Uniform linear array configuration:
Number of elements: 64
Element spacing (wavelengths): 0.5
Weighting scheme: hamming
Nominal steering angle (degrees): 45
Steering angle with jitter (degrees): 45.568
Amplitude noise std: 0.05
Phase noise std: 0.05

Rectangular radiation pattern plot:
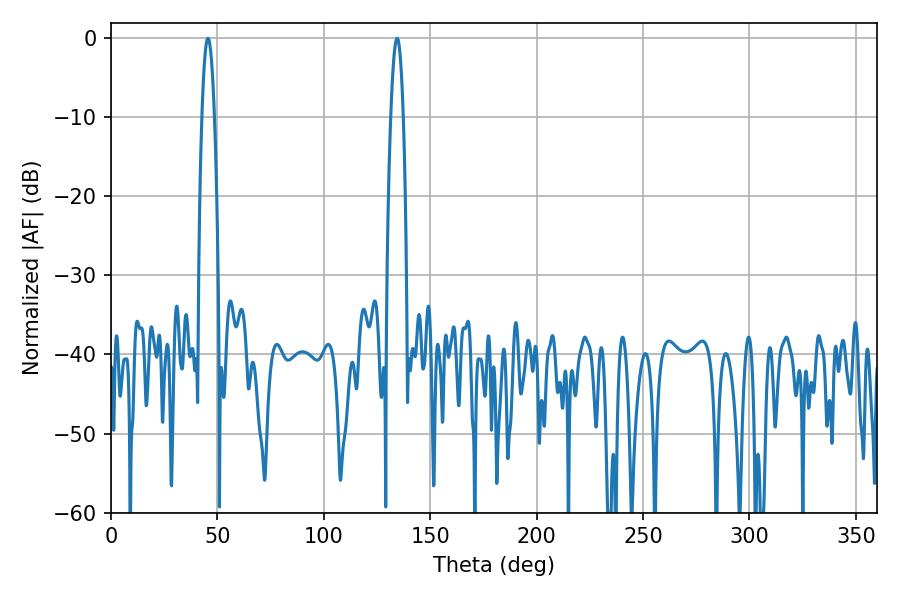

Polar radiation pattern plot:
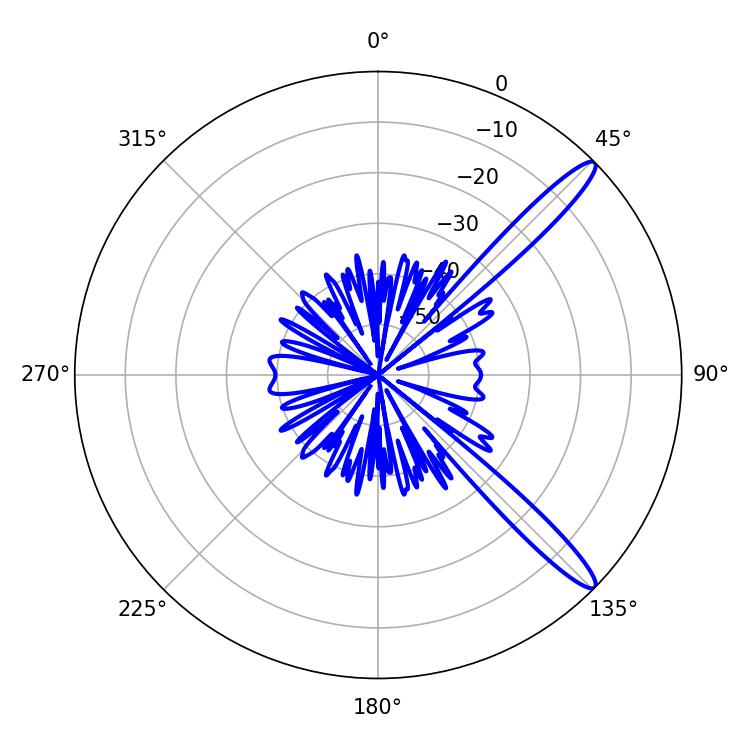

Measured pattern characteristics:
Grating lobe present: FALSE
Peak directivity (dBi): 13.574
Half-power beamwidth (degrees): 3.24
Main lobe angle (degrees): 45.54